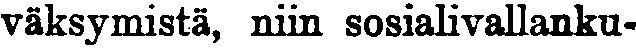
väksymistä, niin sosialivallanku-